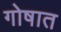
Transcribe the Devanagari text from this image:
गोषात